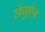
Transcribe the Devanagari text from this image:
लेंगुऐज